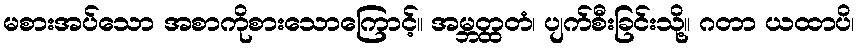
မစားအပ်သော အစာကိုစားသောကြောင့်။ အမ္ဘတ္ထတံ၊ ပျက်စီးခြင်းသို့။ ဂတာ ယထာပိ၊